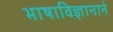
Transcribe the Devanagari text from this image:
भाषाविज्ञानाने